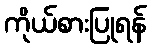
ကိုယ်စားပြုရန်